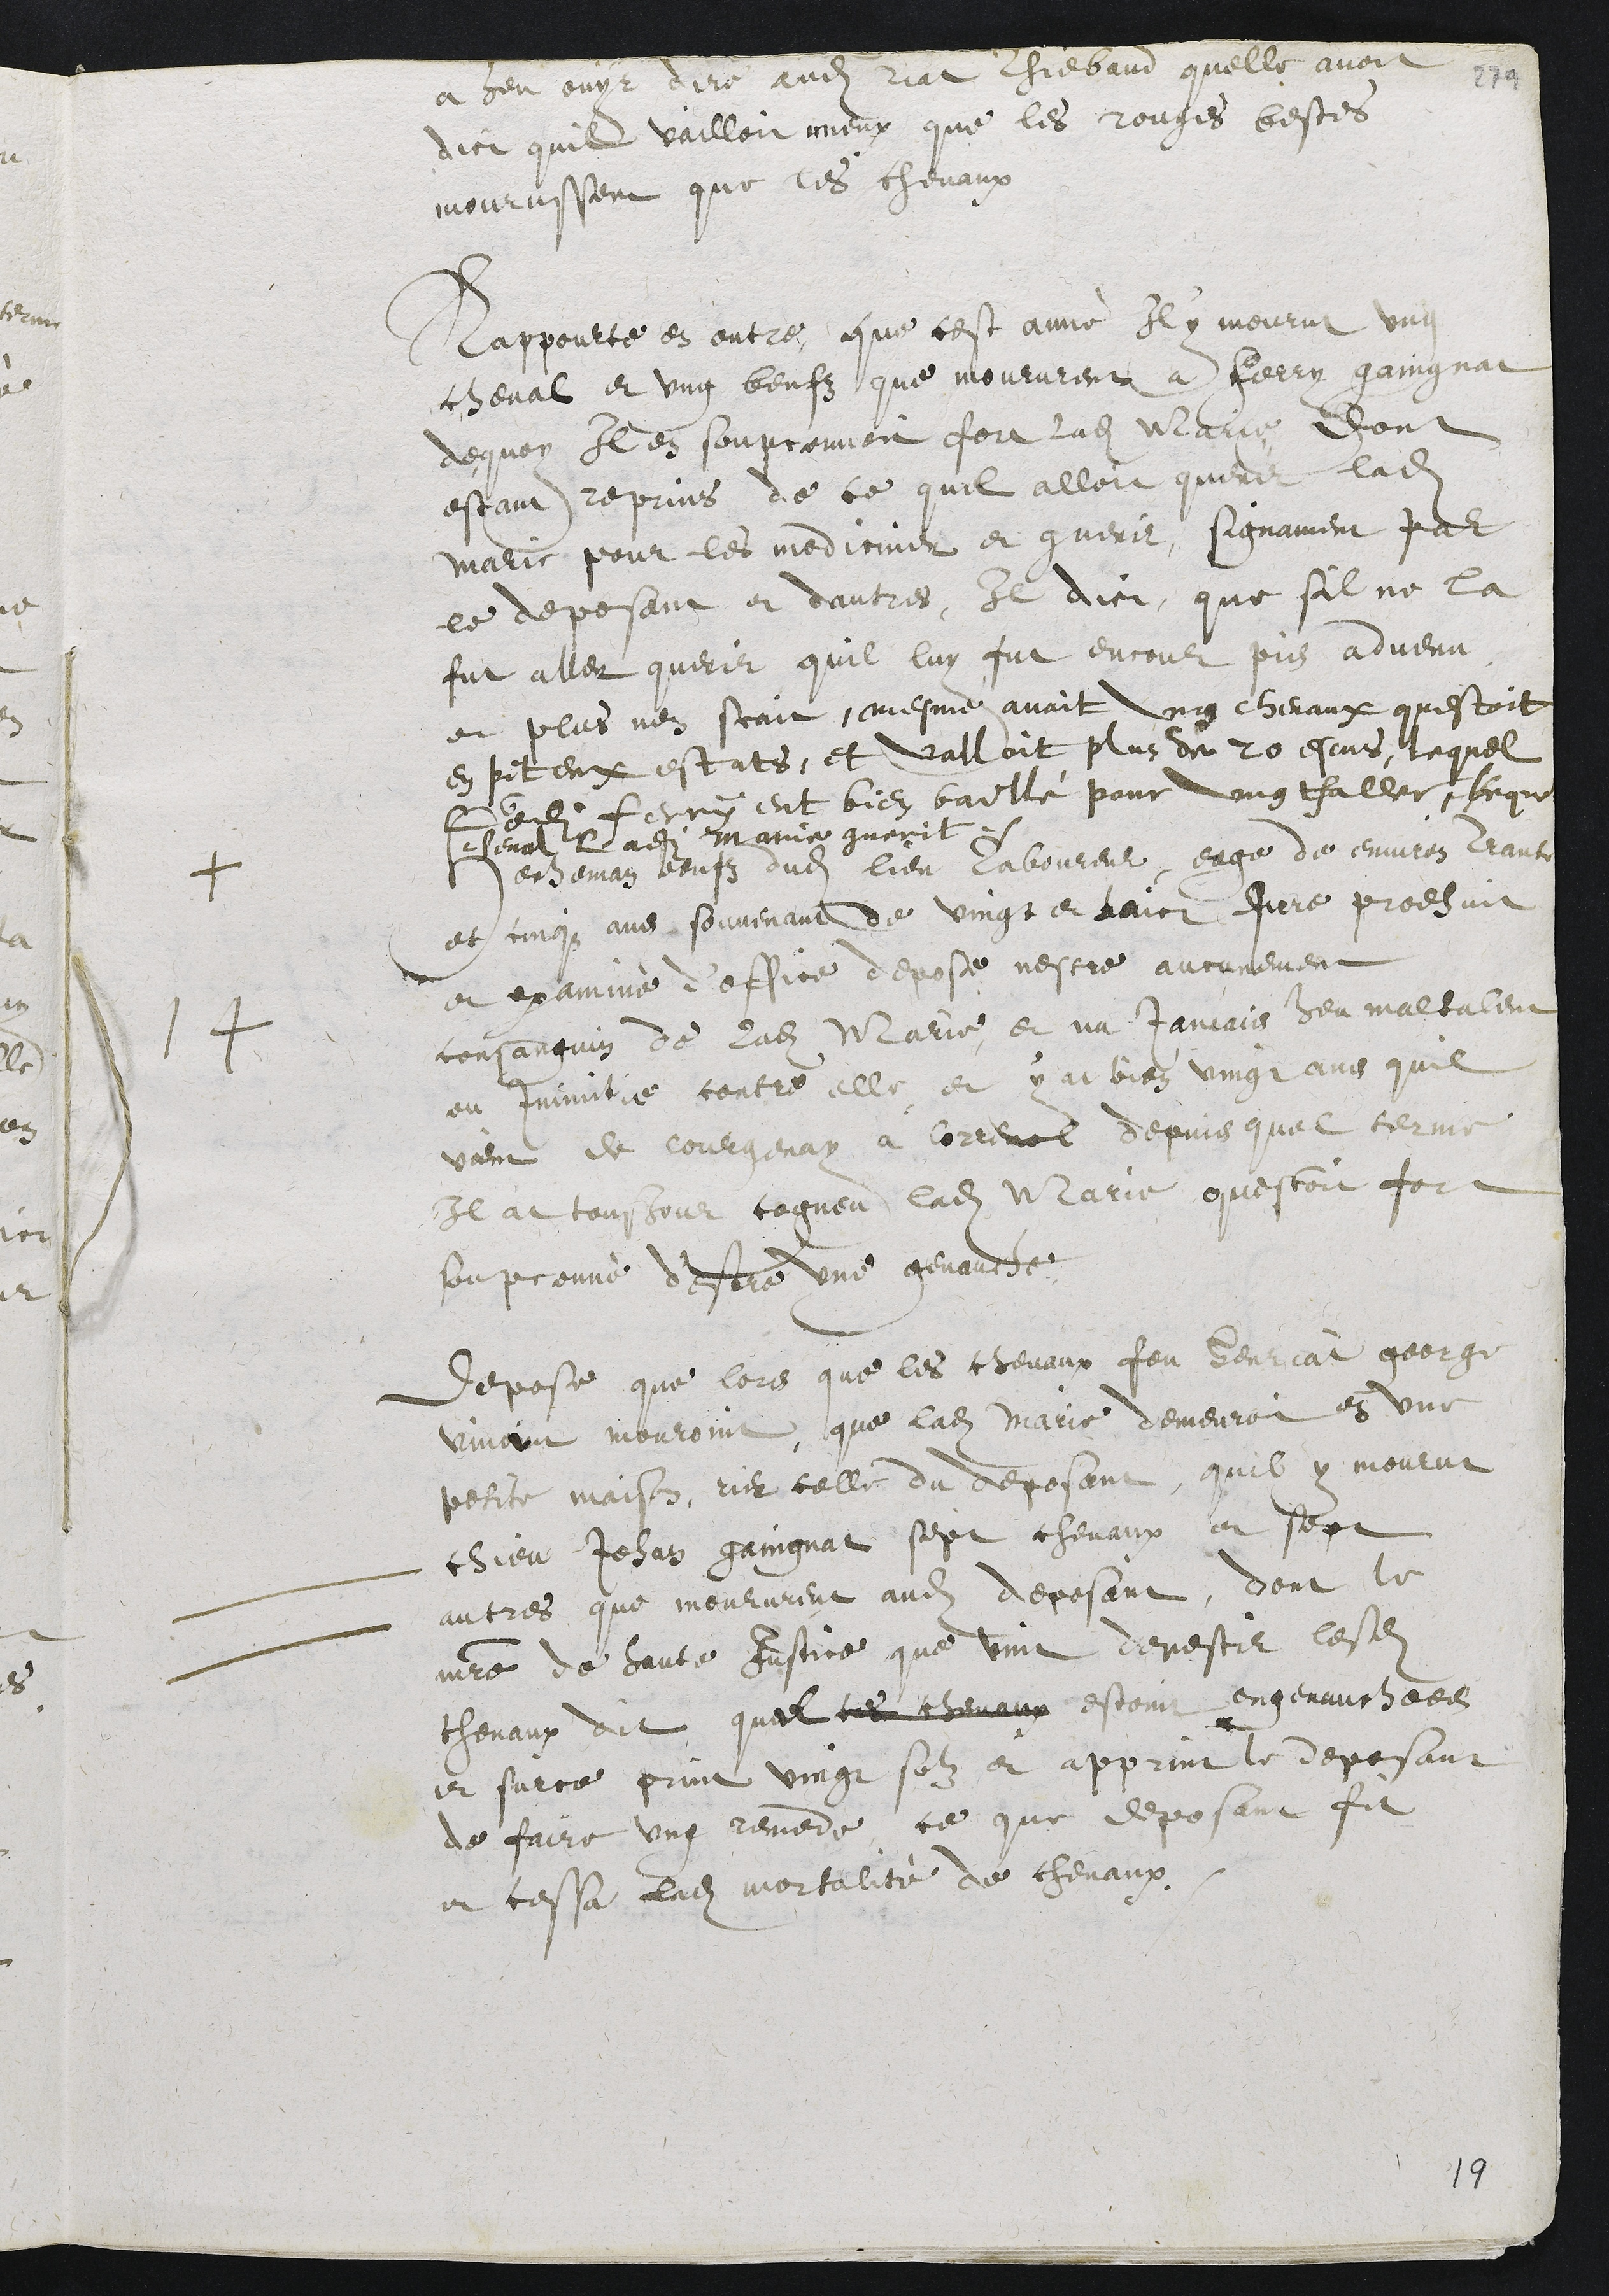
a heu ouyr dire audit riat Thiebaud quelle avoit
dict quil vailloit mieux que les rouges bestes
mourussent que les chevaux
Rappourte en outre, que cest anné Il y mourut ung
cheval et ung beufs que moururent a ferry gaingnat
dequoy Il en soupconnoit fort ladite Marie dont
estant reprins de ce quil alloit querir ladite
Marie pour les mediciner et guerir, signament par
le deposant et dautres, Il dict, que sil ne la
fut aller querir quil luy fut encour pis advenu
et plus nen scait, mesme avoit ung chevaux questoit
en piteux estats, et valloit plus de 20 escus, lequel
ledit ferry eut bien baellé pour ung thaller, lequel
cheval ladite Marie guerit.
+
Hecheman beufs dudit lieu Laboureur eage de environ trante
et cinqz ans souvenant de vingt et huict jure prodhuit
et examinè d’office depose nestre aucunement
consanguin de ladite Marie et na jamais heu maltalent
14
ou Inimitie contre elle, et y at bien vingt ans quil
vient de Courgenay a Correnol depuis quel terme
Il at tousjour cogneu ladite Marie questoit fort
soupconné d’estre une genauche.
Depose que lors que les chevaux feu Henriat george
vinoint mouroint, que ladite Marie demeuroit en une
petite maison, rier celle du deposant, quil y mourut
chieu Jehan gaingnat sept chevaux et sept
autres que moururent audit deposant, dont le
maistre de haute Justice que vint devestir lesdits
chevaux dit quil ces chevaux estoint engenauchees
et surce print vingt solz et apprint le deposant
de faire ung remede ce que deposant fit
et cessa ladite mortalité de chevaux.